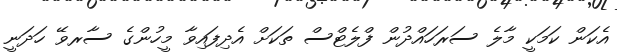
އެކަން ކަމަކީ މާލެ ސަރަހައްދުން ފްލެޓްސް ތަކަށް އެދިފައިވާ މީހުންގެ ސާރވޭ ހަދަނީ